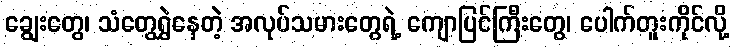
ချွေးတွေ၊ သံတွေရွှဲနေတဲ့ အလုပ်သမားတွေရဲ့ ကျောပြင်ကြီးတွေ၊ ပေါက်တူးကိုင်လို့